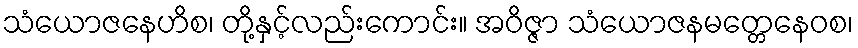
သံယောဇနေဟိစ၊ တို့နှင့်လည်းကောင်း။ အဝိဇ္ဇာ သံယောဇနမတ္တေနေဝစ၊